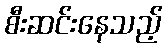
စီးဆင်းနေသည့်